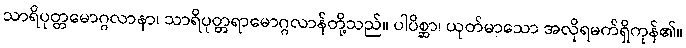
သာရိပုတ္တမောဂ္ဂလာနာ၊ သာရိပုတ္တရာမောဂ္ဂလာန်တို့သည်။ ပါပိစ္ဆာ၊ ယုတ်မာသော အလိုရမက်ရှိကုန်၏။